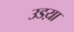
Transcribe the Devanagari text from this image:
उडय़ा